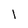
Character: l